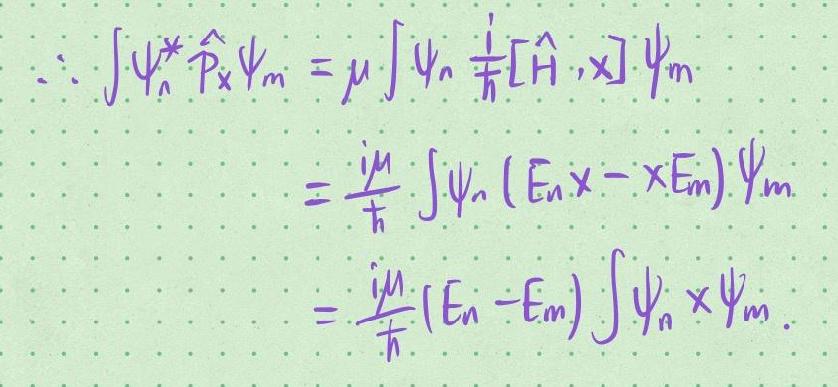
\[
\begin{align*}
\therefore\int\psi_n^*\hat{p}_x\psi_m&=\mu\int\psi_n\frac{i}{\hbar}[\hat{H},x]\psi_m\\
&=\frac{i\mu}{\hbar}\int\psi_n(E_nx - xE_m)\psi_m\\
&=\frac{i\mu}{\hbar}(E_n - E_m)\int\psi_nx\psi_m.
\end{align*}
\]